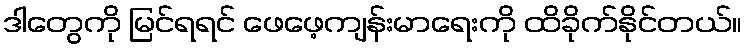
ဒါတွေကို မြင်ရရင် ဖေဖေ့ကျန်းမာရေးကို ထိခိုက်နိုင်တယ်။